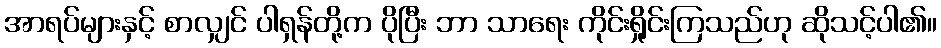
အာရပ်များနှင့် စာလျှင် ပါရှန်တို့က ပိုပြီး ဘာ သာရေး ကိုင်းရှိုင်းကြသည်ဟု ဆိုသင့်ပါ၏။